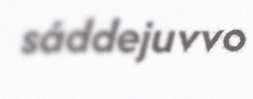
sáddejuvvo